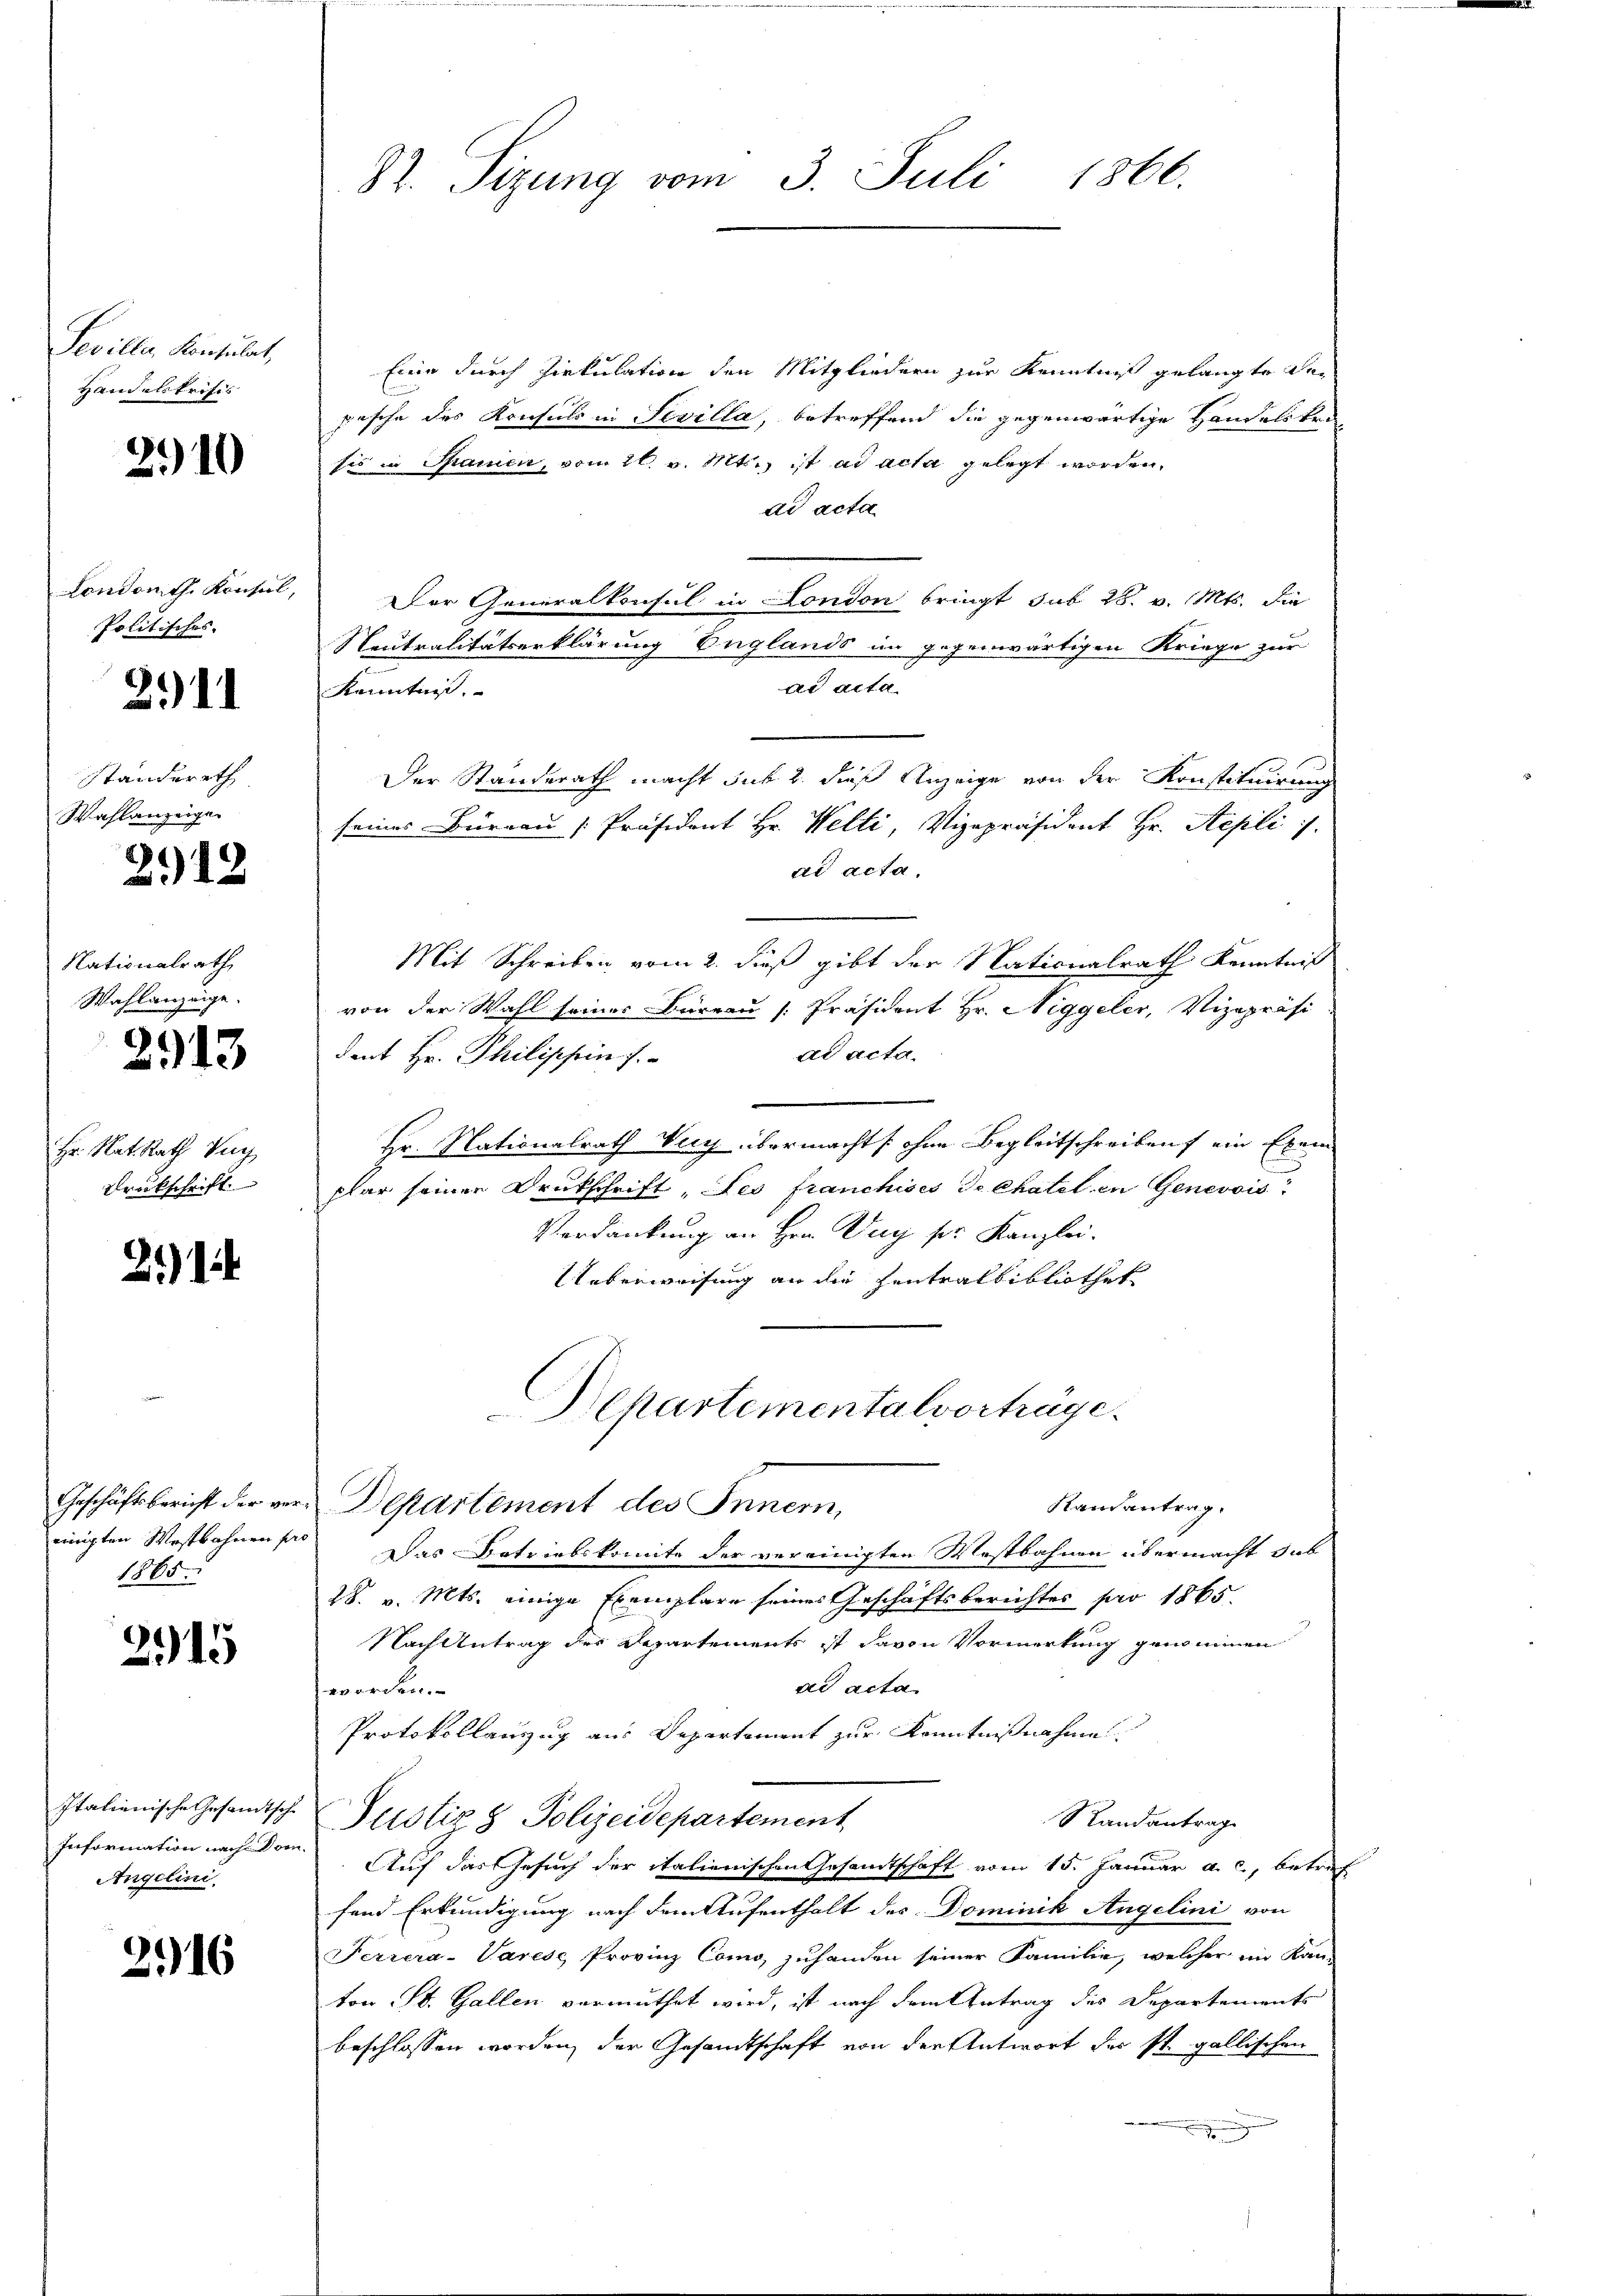
Seviller, Konsulat,
Handelskrifes

2910

Politisches. |

2911

Ständerath
Wahlanzeigen

2912

Nationalrath
Wahlanzeige.

2913

Hr. Rat Rath Ve
Drückschrift

2114

Geschäftsbericht der ve
einigten Westbahnen s
1865.

215

Angelini.

2116

Eine durch Zirkulation den Mitgliedern zur Kenntniß gelangte den
pasche des Konsuls in Sevilla, betreffend die gegenwärtige Handelsken
sis in Spanien, vom 26. v. Mts., ist ad acta gelegt worden,
dd acta
Londomth Konsul, Der Generalkonsul in London bringt sub 28. v. Mts. die
Neutralitätserklärung Englands im gegenwärtigen Kriege zur
ad acta
Kenntnis.
Der Standerath macht sub 2. dieß Anzeige von der Konstituirung
seines Büreau [Präsident Hr. Welti, Vizepräsident Hr. Aepli
ad acta,
Mit Schreiben vom 2. dieß gibt der Nationalrath Kenntniß
von der Wahl seiner Bureau [Präsident Hr. Niggeler, Vizepräsi-
ad acta.
dent Hr. Philippins.
Hr. Nationalrath Very übermachts ohne Begleitschreiben ein Exem
plar seinen Drukschrift, des franchises de Chatel in Genevois
Verdankung an Hrn. Zug pr. Kanzlei.
Ueberweisung an die Hentralbibliothek
Behartementalvorträge.
Randantrag.
 Departement des Innern,
Das Betriebskomite der vereinigten Westbahnen übermacht sub
28. v. Mts. einige Exemplare seines Geschäftsberichtes pro 1865.
Nach Antrag des Departements ist davon Vormerkung genommen
ad acta
worden.
Protokollanzug aus Departement zur Kenntnißnahme
Italienische Gesandtsche Justiz & Polizeidepartement
Randantrag
Information nachdem. Auf das Gesuch der italienischen Gesandtschaft vom 15. Januar a. c., betref
fend Erkundigung nach dem Aufenthalt des Dominik Angelini von
Ferrera-Varese Provinz Como zuhanden seiner Familie, welcher im Kan-
ton St. Gallen vermuthet wird, ist nach dem Antrag des Departements
beschlossen worden, der Gesandtschaft von den Antwort des st. gallischen

82. Sizung vom 3. Juli 1866.